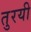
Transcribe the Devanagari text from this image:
तुरयी